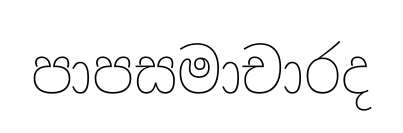
පාපසමාචාරද